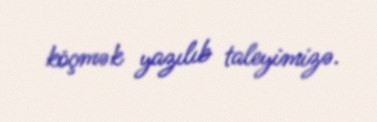
köçmək yazılıb taleyimizə.